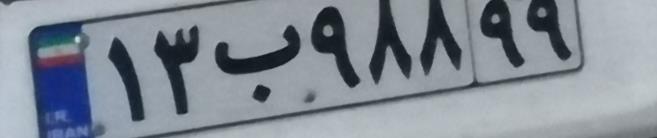
۱۳ب۹۸۸۹۹